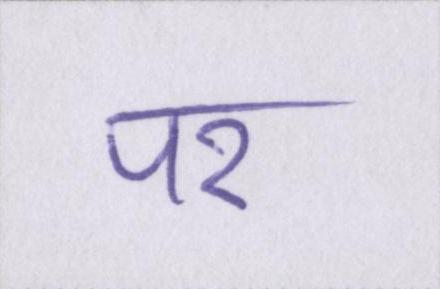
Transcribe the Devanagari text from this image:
पर